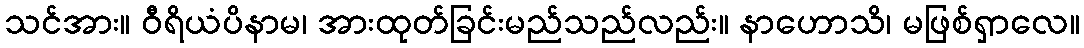
သင်အား။ ဝီရိယံပိနာမ၊ အားထုတ်ခြင်းမည်သည်လည်း။ နာဟောသိ၊ မဖြစ်ရှာလေ။